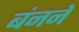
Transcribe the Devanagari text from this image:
बंनने